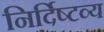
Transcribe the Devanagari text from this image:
निर्दिष्टव्य